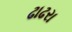
ઢાઢરા